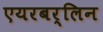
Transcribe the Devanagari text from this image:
एयरबर्लिन